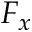
F _ { x }